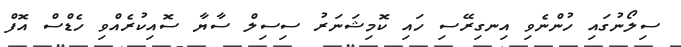
ސިލޯނުގައި ހުންނެވި އިނގިރޭސި ހައި ކޮމިޝަނަރު ސިސިލް ސާޔާ ސޮއިކުރެއްވި ހެޑްސް އޮފް